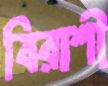
বিরাশী